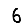
Digit: 6